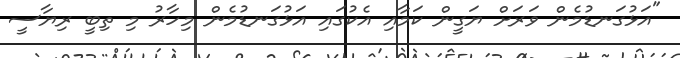
"އަޅުގަނޑުމެން ވަރަށް ޔަގީން ކަމާއި އެކުގައި އަޅުގަނޑުމެން މިހާރު މި ތިބީ ރިޔާސީ